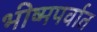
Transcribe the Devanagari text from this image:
भीष्मपर्वात